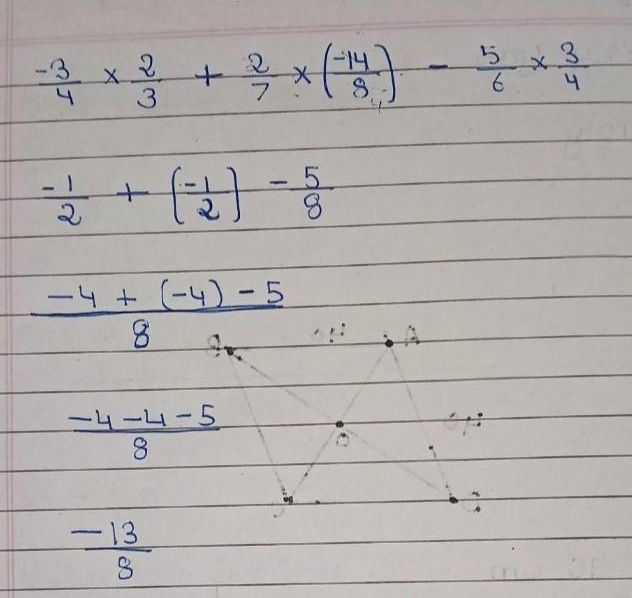
\[
\begin{align*}
&\frac{-3}{4} \times \frac{2}{3}+\frac{2}{7} \times \left(\frac{-14}{8}\right)-\frac{5}{6} \times \frac{3}{4}\\
=&\frac{-1}{2}+\left(\frac{-1}{2}\right)-\frac{5}{8}\\
=&\frac{-4 + (-4)-5}{8}\\
=&\frac{-4 - 4-5}{8}\\
=&\frac{-13}{8}
\end{align*}
\]